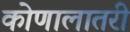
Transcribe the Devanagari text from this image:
कोणालातरी